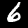
Label: 6